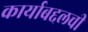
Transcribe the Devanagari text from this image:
कार्याबद्दलची